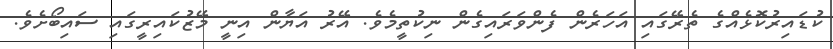
ކުޑައިރުކޮޅެއްގެ ތެރޭގައި އަހަރެން ފެންވަރައިގެން ނިކުތީމެވެ. އޭރު އަޔާން އިނީ މޭޒުކައިރީގައި ސައިބޯށެވެ.